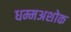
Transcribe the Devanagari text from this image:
धम्मअशोक